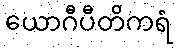
ယောဂီပီတိကရံ